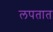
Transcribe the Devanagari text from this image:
लपतात